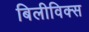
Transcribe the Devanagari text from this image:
बिलीविक्स